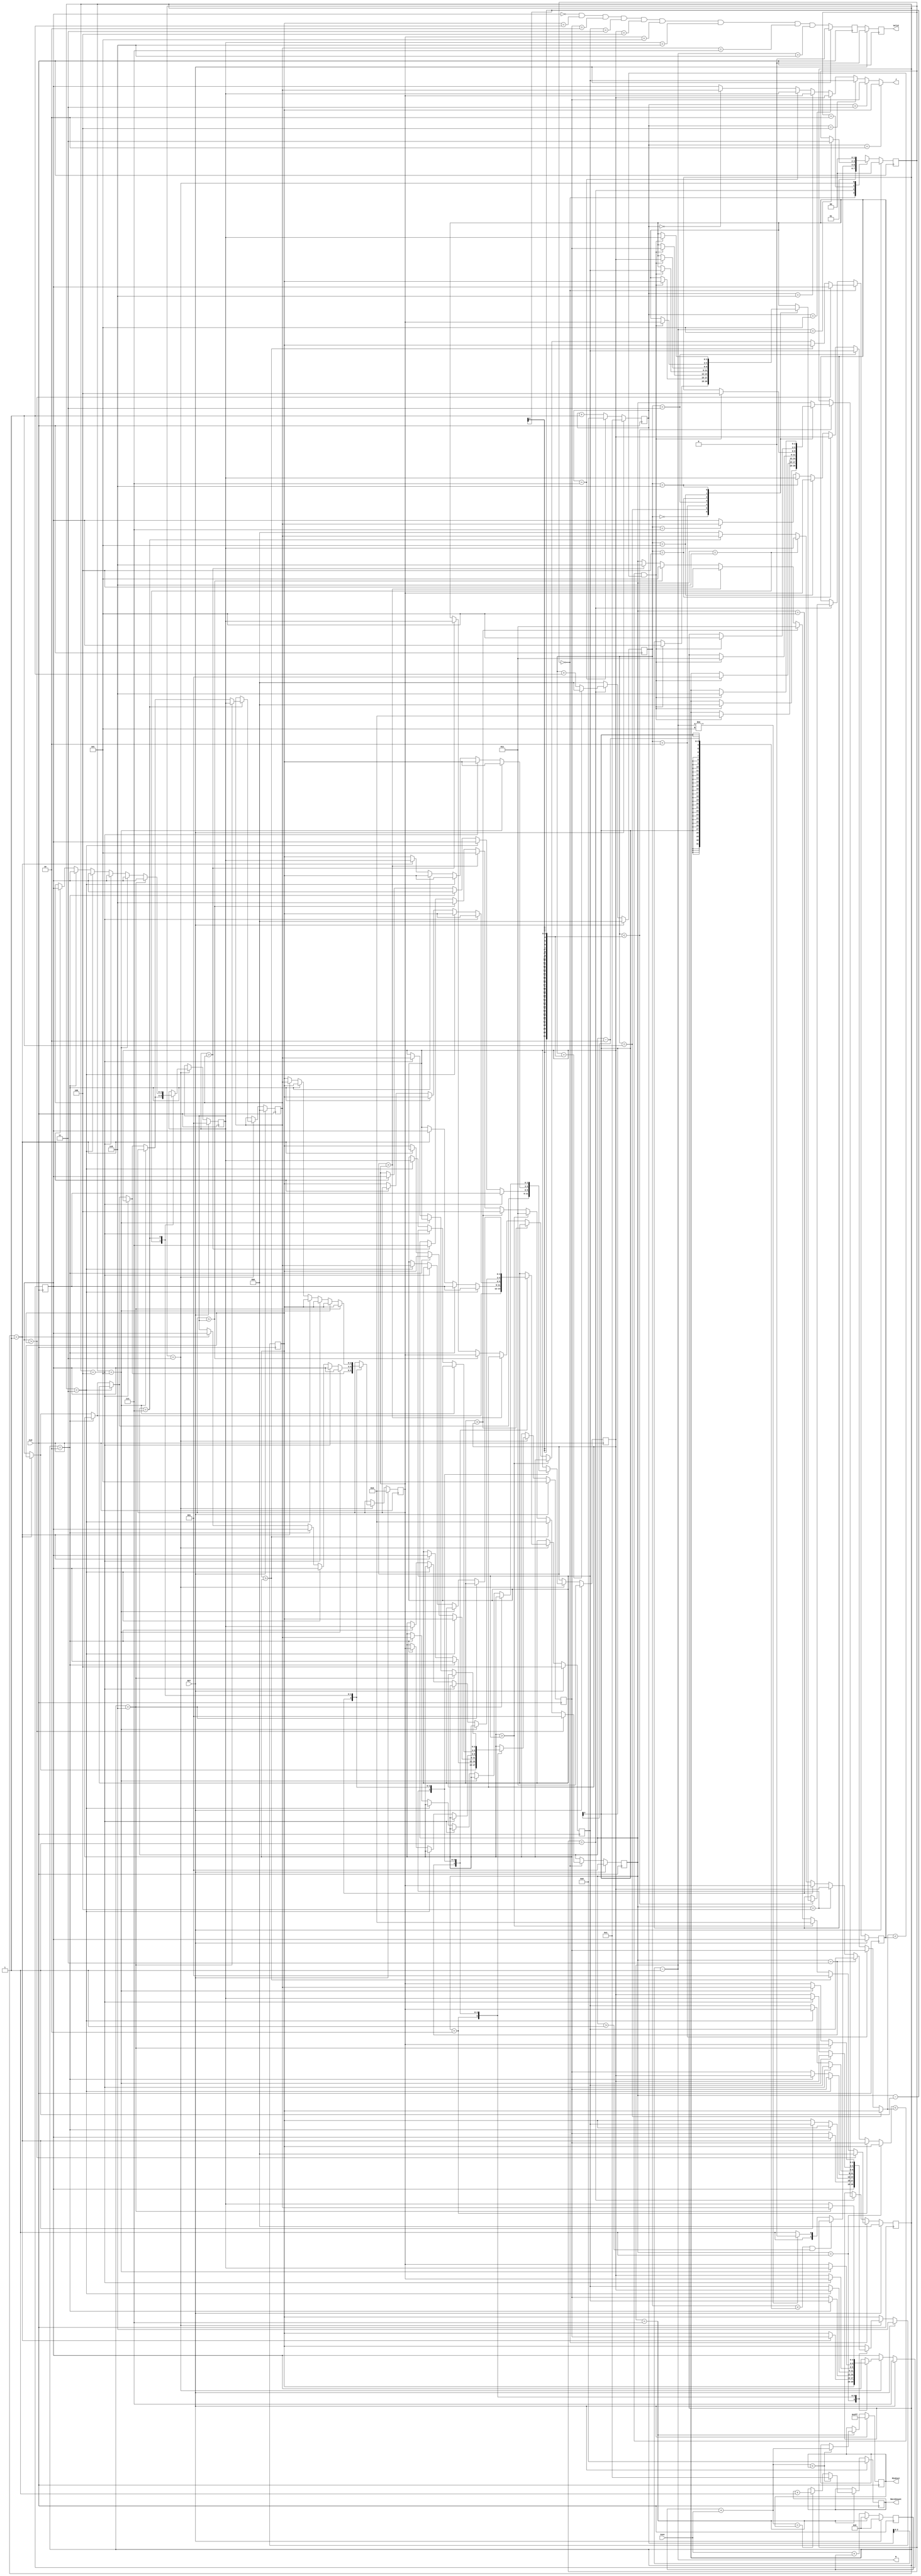
////////////////////////////////////////////////////////////////////////////////
//
// VERSION:   Verilog Simulation Architecture
//
////////////////////////////////////////////////////////////////////////////////
//
// ABSTRACT:  IC contest 2022
// DESIGN VERSION: 3
// DESCRIPITON: cycle = 322565
//              area  = 7884.423026
// MODIFIED: change_pointcase
//
//------------------------------------------------------------------------------

module JAM (
input CLK,
input RST,
output reg [2:0] W,
output reg [2:0] J,
input [6:0] Cost,
output reg [3:0] MatchCount,
output reg [9:0] MinCost,
output reg Valid );

//cycle == 322565
reg [1:0] state ;
reg [1:0] next_state ;
reg [2:0] counter0 ;
reg [3:0] counter1 ;
reg [2:0] se0 [0:7] ;
reg [2:0] change_point ;
reg [2:0] search_point ;
reg [2:0] value ;
reg [9:0] sum_reg ;
reg [2:0] R0 ,R1 ,R2 ,R3 ,R4 ,R5 ,R6 ,L0 ,L1 ,L2 ,L3 ,L4 ,L5 ,L6 ;
reg Valid_lead ;

wire last ;
	assign last = ((se0[0] == 0) &&
				   (se0[1] == 1) && 
				   (se0[2] == 2) && 
				   (se0[3] == 3) && 
				   (se0[4] == 4) && 
				   (se0[5] == 5) && 
				   (se0[6] == 6) && 
				   (se0[7] == 7)) ;

wire [2:0] change_value ;
	assign change_value = (change_point == 1) ? se0[1] :
						  ((change_point == 2) ? se0[2] :
						  ((change_point == 3) ? se0[3] :
						  ((change_point == 4) ? se0[4] :
						  ((change_point == 5) ? se0[5] :
						  ((change_point == 6) ? se0[6] :
						  ((change_point == 7) ? se0[7] : 0)))))) ;

wire [2:0] search_value ;
	assign search_value = (counter0 == 1) ? se0[1] :
						  ((counter0 == 2) ? se0[2] :
						  ((counter0 == 3) ? se0[3] :
						  ((counter0 == 4) ? se0[4] :
						  ((counter0 == 5) ? se0[5] :
						  ((counter0 == 6) ? se0[6] :
						  ((counter0 == 7) ? se0[7] : se0[0])))))) ;

wire [2:0] load_value ;
	assign load_value = (counter1 == 2) ? se0[1] :
						  ((counter1 == 3) ? se0[2] :
						  ((counter1 == 4) ? se0[3] :
						  ((counter1 == 5) ? se0[4] :
						  ((counter1 == 6) ? se0[5] :
						  ((counter1 == 7) ? se0[6] :
						  ((counter1 == 0) ? se0[7] : se0[0])))))) ;

wire [9:0] sum ;
	assign sum = Cost + sum_reg ;

///////////////////////////////////////////////////////////////////////////////////////////////////////////////////
//                                             comparator                                                        //
///////////////////////////////////////////////////////////////////////////////////////////////////////////////////
wire comparefunc0 ;
	assign comparefunc0 = R0 > L0 ;

wire comparefunc1 ;
	assign comparefunc1 = R1 > L1 ;

wire comparefunc2 ;
	assign comparefunc2 = R2 > L2 ;

wire comparefunc3 ;
	assign comparefunc3 = R3 > L3 ;

wire comparefunc4 ;
	assign comparefunc4 = R4 > L4 ;

wire comparefunc5 ;
	assign comparefunc5 = R5 > L5 ;

wire comparefunc6 ;
	assign comparefunc6 = R6 > L6 ;

///////////////////////////////////////////////////////////////////////////////////////////////////////////////////
//                                            FSM parameters                                                     //
///////////////////////////////////////////////////////////////////////////////////////////////////////////////////
	localparam find    		= 0 ; //1 cycles
	localparam search  		= 1 ; //max 6 cycles
	localparam idle  		= 2 ; //? cycle
	localparam change 		= 3 ; //1 cycles
///////////////////////////////////////////////////////////////////////////////////////////////////////////////////
//                                                 FSM                                                           //
///////////////////////////////////////////////////////////////////////////////////////////////////////////////////
	//state
	always @ (posedge CLK) begin
		if(RST)
			state <= 0 ;
		else
			state <= next_state ;
	end

	//next_state
	always @ (*) begin
		case(state)
			find : begin
					next_state = search ;
			end
			search : begin
				if((counter0 < change_point - 2) && (change_point > 1))
					next_state = state ;
				else if(W != 5)
					next_state = idle ;
				else
					next_state = change ;
			end
			idle : begin
				if(W == 5)
					next_state = change ;
				else
					next_state = state ;
			end
			change : begin
				next_state = find ;
			end
			default : next_state = state ;
		endcase
	end

	//counter0
	always @ (posedge CLK) begin
		if (RST)
			counter0 <= 0 ;
		else begin
			case(state)
				find : begin
						counter0 <= 0 ;
				end
				search : begin
					if(counter0 == change_point - 1)
						counter0 <= 0 ;
					else
						counter0 <= counter0 + 1 ;
				end
				default : counter0 <= 0 ;
			endcase
		end
	end

	//counter1
	always @ (posedge CLK) begin
		if(RST)
			counter1 <= 1 ;
		else begin
			if(counter1 == 7)
				counter1 <= 0 ;
			else
				counter1 <= counter1 + 1 ;
		end
	end

	//W J
	always @ (*) begin
		W = counter1 - 1 ;
		J = load_value ;
	end

	//MatchCount MinCost
	always @ (posedge CLK) begin
		if(RST) begin
			MinCost <= 'd1023 ;
			MatchCount <= 0 ;
		end
		else begin
			if(W == 7) begin
				if((sum_reg + Cost) < MinCost) begin
					MinCost <= sum_reg + Cost ;
					MatchCount <= 1 ;
				end
				else if((sum_reg + Cost) == MinCost) begin
					MinCost <= MinCost ;
					MatchCount <= MatchCount + 1 ;
				end
				else begin
					MinCost <= MinCost ;
					MatchCount <= MatchCount ;
				end
			end
			else begin
				MinCost <= MinCost ;
				MatchCount <= MatchCount ;
			end
		end
	end

	//out
	always @ (posedge CLK) begin
		if(RST)
			Valid_lead <= 0 ;
		else
			Valid_lead <= last && (W == 6) ;
	end

	always @ (posedge CLK) begin
		if(RST)
			Valid <= 0 ;
		else
			Valid <= Valid_lead ;
	end

///////////////////////////////////////////////////////////////////////////////////////////////////////////////////
//                                            main circuit                                                       //
///////////////////////////////////////////////////////////////////////////////////////////////////////////////////
	//change_point
	always @ (posedge CLK) begin
		if(RST) begin
			change_point <= 1 ;
		end
		else begin
			if(state == find)begin
				case('d1) //synopsys full_case
					comparefunc0:change_point <= 1 ;
					comparefunc1:change_point <= 2 ;
					comparefunc2:change_point <= 3 ;
					comparefunc3:change_point <= 4 ;
					comparefunc4:change_point <= 5 ;
					comparefunc5:change_point <= 6 ;
					comparefunc6:change_point <= 7 ;
					default:change_point <= change_point ;
				endcase
			end
			else begin
				change_point <= change_point ;
			end
		end
	end

	//R L
	always @ (*) begin
			R0 = se0[0] ;
			L0 = se0[1] ;
			R1 = se0[1] ;
			L1 = se0[2] ;
			R2 = se0[2] ;
			L2 = se0[3] ;
			R3 = se0[3] ;
			L3 = se0[4] ;
			R4 = se0[4] ;
			L4 = se0[5] ;
			R5 = se0[5] ;
			L5 = se0[6] ;
			R6 = se0[6] ;
			L6 = se0[7] ;
	end
	
	//search point & value
	always @ (posedge CLK) begin
		if(RST) begin
			search_point <= 0 ;
			value <= se0[0] ;
		end
		else begin
			if(state == find) begin
				if(comparefunc0) begin
					search_point <= 0 ;
					value <= se0[0] ;
				end
				else if(comparefunc1) begin
					search_point <= 1 ;
					value <= se0[1] ;
				end
				else if(comparefunc2) begin
					search_point <= 2 ;
					value <= se0[2] ;
				end
				else if(comparefunc3) begin
					search_point <= 3 ;
					value <= se0[3] ;
				end
				else if(comparefunc4) begin
					search_point <= 4 ;
					value <= se0[4] ;
				end
				else if(comparefunc5) begin
					search_point <= 5 ;
					value <= se0[5] ;
				end
				else if(comparefunc6) begin
					search_point <= 6 ;
					value <= se0[6] ;
				end
				else begin
					search_point <= change_point ;
					value <= value ;
				end
			end
			else if(state == search) begin
				if(counter0 < (change_point - 1))begin
					case(counter0)
						0 : begin 
								if((change_value < search_value) && (search_value < value)) begin
									search_point <= 0 ;
									value <= se0[0] ;
								end
								else begin
									search_point <= search_point ;
									value <= value ;
								end
							end
						1 : begin
								if((change_value < search_value) && (search_value < value)) begin
									search_point <= 1 ;
									value <= se0[1] ;
								end
								else begin
									search_point <= search_point ;
									value <= value ;
								end
							end
						2 : begin
								if((change_value < search_value) && (search_value < value)) begin
									search_point <= 2 ;
									value <= se0[2] ;
								end
								else begin
									search_point <= search_point ;
									value <= value ;
								end
							end
						3 : begin
								if((change_value < search_value) && (search_value < value)) begin
									search_point <= 3 ;
									value <= se0[3] ;
								end
								else begin
									search_point <= search_point ;
									value <= value ;
								end
							end
						4 : begin
								if((change_value < search_value) && (search_value < value)) begin
									search_point <= 4 ;
									value <= se0[4] ;
								end
								else begin
									search_point <= search_point ;
									value <= value ;
								end
							end
						5 : begin
								if((change_value < search_value) && (search_value < value)) begin
									search_point <= 5 ;
									value <= se0[5] ;
								end
								else begin
									search_point <= search_point ;
									value <= value ;
								end
							end
						6 : begin
								if((change_value < search_value) && (search_value < value)) begin
									search_point <= 6 ;
									value <= se0[6] ;
								end
								else begin
									search_point <= search_point ;
									value <= value ;
								end
							end
						default : begin 
									search_point <= change_point ;
									value <= value ;
								end
					endcase	
				end
				else begin
					search_point <= search_point ;
					value <= value ;
				end
			end
			else begin
				search_point <= search_point ;
				value <= value ;
			end
		end
	end

	//se0
	always @ (posedge CLK) begin
		if(RST) begin
			se0[0] <= 7 ;
			se0[1] <= 6 ;
			se0[2] <= 5 ;
			se0[3] <= 4 ;
			se0[4] <= 3 ;
			se0[5] <= 2 ;
			se0[6] <= 1 ;
			se0[7] <= 0 ;
		end
		else begin
			if(state == change) begin
				case(change_point)
					1 : begin
							se0[0] <= se0[1] ;
							se0[1] <= se0[0] ;
							se0[2] <= se0[2] ;
							se0[3] <= se0[3] ;
							se0[4] <= se0[4] ;
							se0[5] <= se0[5] ;
							se0[6] <= se0[6] ;
							se0[7] <= se0[7] ;
						end
					2 : begin
							if(search_point == 1) begin
								se0[0] <= se0[2] ;
								se0[1] <= se0[0] ;
								se0[2] <= se0[1] ;
								se0[3] <= se0[3] ;
								se0[4] <= se0[4] ;
								se0[5] <= se0[5] ;
								se0[6] <= se0[6] ;
								se0[7] <= se0[7] ;
							end
							else begin
								se0[0] <= se0[1] ;
								se0[1] <= se0[2] ;
								se0[2] <= se0[0] ;
								se0[3] <= se0[3] ;
								se0[4] <= se0[4] ;
								se0[5] <= se0[5] ;
								se0[6] <= se0[6] ;
								se0[7] <= se0[7] ;
							end
						end
					3 : begin
							if(search_point == 2) begin
								se0[0] <= se0[3] ;
								se0[1] <= se0[1] ;
								se0[2] <= se0[0] ;
								se0[3] <= se0[2] ;
								se0[4] <= se0[4] ;
								se0[5] <= se0[5] ;
								se0[6] <= se0[6] ;
								se0[7] <= se0[7] ;
							end
							else if(search_point == 1) begin
								se0[0] <= se0[2] ;
								se0[1] <= se0[3] ;
								se0[2] <= se0[0] ;
								se0[3] <= se0[1] ;
								se0[4] <= se0[4] ;
								se0[5] <= se0[5] ;
								se0[6] <= se0[6] ;
								se0[7] <= se0[7] ;
							end
							else begin
								se0[0] <= se0[2] ;
								se0[1] <= se0[1] ;
								se0[2] <= se0[3] ;
								se0[3] <= se0[0] ;
								se0[4] <= se0[4] ;
								se0[5] <= se0[5] ;
								se0[6] <= se0[6] ;
								se0[7] <= se0[7] ;
							end
						end
					4 : begin
							if(search_point == 3) begin
								se0[0] <= se0[4] ;
								se0[1] <= se0[2] ;
								se0[2] <= se0[1] ;
								se0[3] <= se0[0] ;
								se0[4] <= se0[3] ;
								se0[5] <= se0[5] ;
								se0[6] <= se0[6] ;
								se0[7] <= se0[7] ;
							end
							else if(search_point == 2) begin
								se0[0] <= se0[3] ;
								se0[1] <= se0[4] ;
								se0[2] <= se0[1] ;
								se0[3] <= se0[0] ;
								se0[4] <= se0[2] ;
								se0[5] <= se0[5] ;
								se0[6] <= se0[6] ;
								se0[7] <= se0[7] ;
							end
							else if(search_point == 1) begin
								se0[0] <= se0[3] ;
								se0[1] <= se0[2] ;
								se0[2] <= se0[4] ;
								se0[3] <= se0[0] ;
								se0[4] <= se0[1] ;
								se0[5] <= se0[5] ;
								se0[6] <= se0[6] ;
								se0[7] <= se0[7] ;
							end
							else begin
								se0[0] <= se0[3] ;
								se0[1] <= se0[2] ;
								se0[2] <= se0[1] ;
								se0[3] <= se0[4] ;
								se0[4] <= se0[0] ;
								se0[5] <= se0[5] ;
								se0[6] <= se0[6] ;
								se0[7] <= se0[7] ;
							end
						end
					5 : begin
							if(search_point == 4) begin
								se0[0] <= se0[5] ;
								se0[1] <= se0[3] ;
								se0[2] <= se0[2] ;
								se0[3] <= se0[1] ;
								se0[4] <= se0[0] ;
								se0[5] <= se0[4] ;
								se0[6] <= se0[6] ;
								se0[7] <= se0[7] ;
							end
							else if(search_point == 3) begin
								se0[0] <= se0[4] ;
								se0[1] <= se0[5] ;
								se0[2] <= se0[2] ;
								se0[3] <= se0[1] ;
								se0[4] <= se0[0] ;
								se0[5] <= se0[3] ;
								se0[6] <= se0[6] ;
								se0[7] <= se0[7] ;
							end
							else if(search_point == 2) begin
								se0[0] <= se0[4] ;
								se0[1] <= se0[3] ;
								se0[2] <= se0[5] ;
								se0[3] <= se0[1] ;
								se0[4] <= se0[0] ;
								se0[5] <= se0[2] ;
								se0[6] <= se0[6] ;
								se0[7] <= se0[7] ;
							end
							else if(search_point == 1) begin
								se0[0] <= se0[4] ;
								se0[1] <= se0[3] ;
								se0[2] <= se0[2] ;
								se0[3] <= se0[5] ;
								se0[4] <= se0[0] ;
								se0[5] <= se0[1] ;
								se0[6] <= se0[6] ;
								se0[7] <= se0[7] ;
							end
							else begin
								se0[0] <= se0[4] ;
								se0[1] <= se0[3] ;
								se0[2] <= se0[2] ;
								se0[3] <= se0[1] ;
								se0[4] <= se0[5] ;
								se0[5] <= se0[0] ;
								se0[6] <= se0[6] ;
								se0[7] <= se0[7] ;
							end
						end
					6 : begin
							if(search_point == 5) begin
								se0[0] <= se0[6] ;
								se0[1] <= se0[4] ;
								se0[2] <= se0[3] ;
								se0[3] <= se0[2] ;
								se0[4] <= se0[1] ;
								se0[5] <= se0[0] ;
								se0[6] <= se0[5] ;
								se0[7] <= se0[7] ;
							end
							else if(search_point == 4) begin
								se0[0] <= se0[5] ;
								se0[1] <= se0[6] ;
								se0[2] <= se0[3] ;
								se0[3] <= se0[2] ;
								se0[4] <= se0[1] ;
								se0[5] <= se0[0] ;
								se0[6] <= se0[4] ;
								se0[7] <= se0[7] ;
							end
							else if(search_point == 3) begin
								se0[0] <= se0[5] ;
								se0[1] <= se0[4] ;
								se0[2] <= se0[6] ;
								se0[3] <= se0[2] ;
								se0[4] <= se0[1] ;
								se0[5] <= se0[0] ;
								se0[6] <= se0[3] ;
								se0[7] <= se0[7] ;
							end
							else if(search_point == 2) begin
								se0[0] <= se0[5] ;
								se0[1] <= se0[4] ;
								se0[2] <= se0[3] ;
								se0[3] <= se0[6] ;
								se0[4] <= se0[1] ;
								se0[5] <= se0[0] ;
								se0[6] <= se0[2] ;
								se0[7] <= se0[7] ;
							end
							else if(search_point == 1) begin
								se0[0] <= se0[5] ;
								se0[1] <= se0[4] ;
								se0[2] <= se0[3] ;
								se0[3] <= se0[2] ;
								se0[4] <= se0[6] ;
								se0[5] <= se0[0] ;
								se0[6] <= se0[1] ;
								se0[7] <= se0[7] ;
							end
							else begin
								se0[0] <= se0[5] ;
								se0[1] <= se0[4] ;
								se0[2] <= se0[3] ;
								se0[3] <= se0[2] ;
								se0[4] <= se0[1] ;
								se0[5] <= se0[6] ;
								se0[6] <= se0[0] ;
								se0[7] <= se0[7] ;
							end
						end
					7 : begin
							if(search_point == 6) begin
								se0[0] <= se0[7] ;
								se0[1] <= se0[5] ;
								se0[2] <= se0[4] ;
								se0[3] <= se0[3] ;
								se0[4] <= se0[2] ;
								se0[5] <= se0[1] ;
								se0[6] <= se0[0] ;
								se0[7] <= se0[6] ;
							end
							else if(search_point == 5) begin
								se0[0] <= se0[6] ;
								se0[1] <= se0[7] ;
								se0[2] <= se0[4] ;
								se0[3] <= se0[3] ;
								se0[4] <= se0[2] ;
								se0[5] <= se0[1] ;
								se0[6] <= se0[0] ;
								se0[7] <= se0[5] ;
							end
							else if(search_point == 4) begin
								se0[0] <= se0[6] ;
								se0[1] <= se0[5] ;
								se0[2] <= se0[7] ;
								se0[3] <= se0[3] ;
								se0[4] <= se0[2] ;
								se0[5] <= se0[1] ;
								se0[6] <= se0[0] ;
								se0[7] <= se0[4] ;
							end
							else if(search_point == 3) begin
								se0[0] <= se0[6] ;
								se0[1] <= se0[5] ;
								se0[2] <= se0[4] ;
								se0[3] <= se0[7] ;
								se0[4] <= se0[2] ;
								se0[5] <= se0[1] ;
								se0[6] <= se0[0] ;
								se0[7] <= se0[3] ;
							end
							else if(search_point == 2) begin
								se0[0] <= se0[6] ;
								se0[1] <= se0[5] ;
								se0[2] <= se0[4] ;
								se0[3] <= se0[3] ;
								se0[4] <= se0[7] ;
								se0[5] <= se0[1] ;
								se0[6] <= se0[0] ;
								se0[7] <= se0[2] ;
							end
							else if(search_point == 1) begin
								se0[0] <= se0[6] ;
								se0[1] <= se0[5] ;
								se0[2] <= se0[4] ;
								se0[3] <= se0[3] ;
								se0[4] <= se0[2] ;
								se0[5] <= se0[7] ;
								se0[6] <= se0[0] ;
								se0[7] <= se0[1] ;
							end
							else begin
								se0[0] <= se0[6] ;
								se0[1] <= se0[5] ;
								se0[2] <= se0[4] ;
								se0[3] <= se0[3] ;
								se0[4] <= se0[2] ;
								se0[5] <= se0[1] ;
								se0[6] <= se0[7] ;
								se0[7] <= se0[0] ;
							end
						end
					default : begin
								se0[0] <= se0[0] ;
								se0[1] <= se0[1] ;
								se0[2] <= se0[2] ;
								se0[3] <= se0[3] ;
								se0[4] <= se0[4] ;
								se0[5] <= se0[5] ;
								se0[6] <= se0[6] ;
								se0[7] <= se0[7] ;
							end
				endcase
			end
			else begin
				se0[0] <= se0[0] ;
				se0[1] <= se0[1] ;
				se0[2] <= se0[2] ;
				se0[3] <= se0[3] ;
				se0[4] <= se0[4] ;
				se0[5] <= se0[5] ;
				se0[6] <= se0[6] ;
				se0[7] <= se0[7] ;
			end
		end
	end

	//sum_reg
	always @ (posedge CLK) begin
		if(RST)
			sum_reg <= 0 ;
		else begin 
			if(W == 7)
				sum_reg <= 0 ;
			else
				sum_reg <= sum ;
		end
	end

endmodule